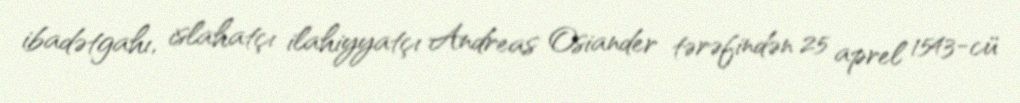
ibadətgahı, islahatçı ilahiyyatçı Andreas Osiander tərəfindən 25 aprel 1543-cü